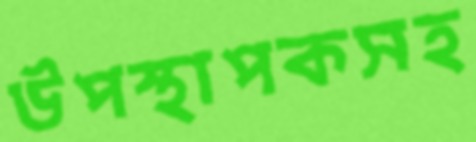
উপস্থাপকসহ